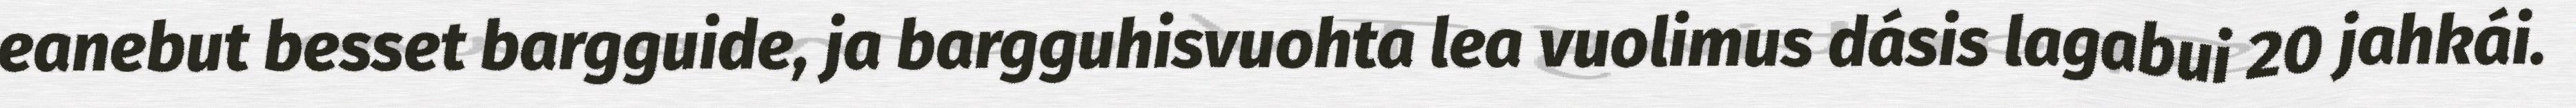
eanebut besset bargguide, ja bargguhisvuohta lea vuolimus dásis lagabui 20 jahkái.